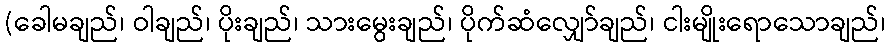
(ခေါမချည်၊ ဝါချည်၊ ပိုးချည်၊ သားမွေးချည်၊ ပိုက်ဆံလျှော်ချည်၊ ငါးမျိုးရောသောချည်၊